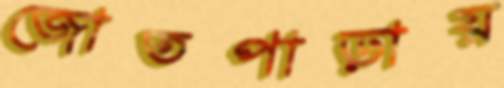
জোতপাড়ায়